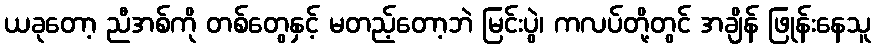
ယခုတော့ ညီအစ်ကို တစ်တွေနှင့် မတည့်တော့ဘဲ မြင်းပွဲ၊ ကလပ်တို့တွင် အချိန် ဖြုန်းနေသူ